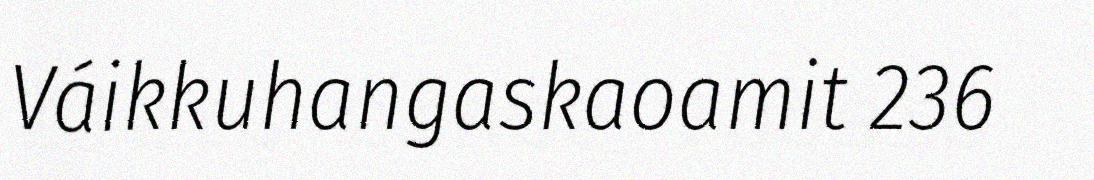
Váikkuhangaskaoamit 236